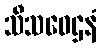
သီသဝေဌနံ